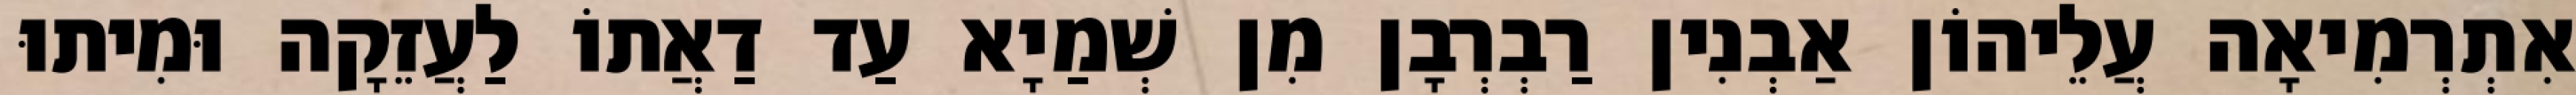
אִתְרְמִיאָה עֲלֵיהוֹן אַבְנִין רַבְרְבָן מִן שְׁמַיָא עַד דַאֲתוֹ לַעֲזֵקָה וּמִיתוּ